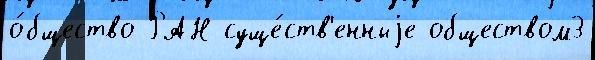
о́бщество РАН суще́ств'енныjе обществом3